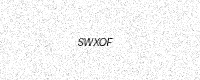
Text: SWXOF